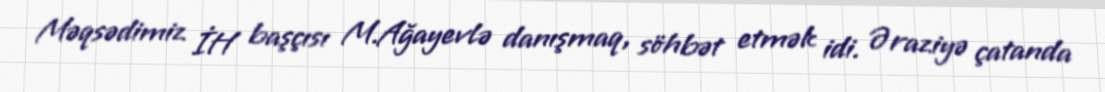
Məqsədimiz İH başçısı M.Ağayevlə danışmaq, söhbət etmək idi. Əraziyə çatanda